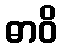
ဓာဝိ